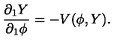
\frac { \partial _ { 1 } Y } { \partial _ { 1 } \phi } = - V ( \phi , Y ) .